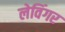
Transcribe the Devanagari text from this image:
लेविंगर